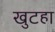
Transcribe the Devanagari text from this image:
खुटहा